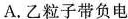
A.乙粒子带负电